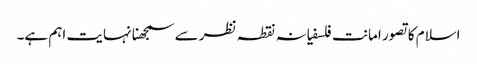
اسلام کا تصور امانت فلسفیانہ نقطہ نظر سے سمجھنا نہایت اہم ہے۔